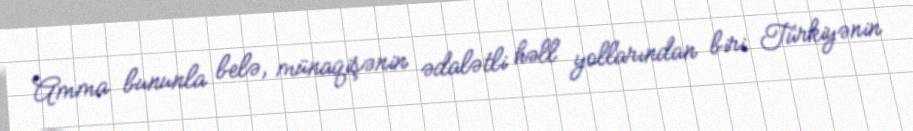
Amma bununla belə, münaqişənin ədalətli həll yollarından biri Türkiyənin